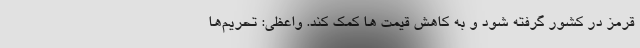
قرمز در کشور گرفته شود و به کاهش قیمت ها کمک کند. واعظی: تحریم‌ها